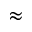
\approx